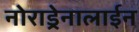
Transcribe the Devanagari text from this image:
नोराड्रेनालाईन